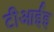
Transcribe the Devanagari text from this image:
टीआईइ